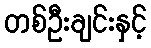
တစ်ဦးချင်းနှင့်